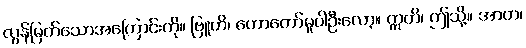
လွန်မြတ်သောအကြောင်းကို။ ဗြူဟိ၊ ဟောတော်မူပါဦးလော့။ ဣတိ၊ ဤသို့။ အာဟ၊